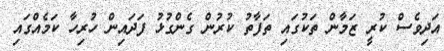
އަދިވެސް ކުރީ ޒަމާން ތަކުގައި ތަފާތު ކުރުން ގެންގުޅު ފަދައިން ހުރިހާ ކަމެއްގައި